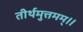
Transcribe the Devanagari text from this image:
तीर्थमुत्तमम्‌॥